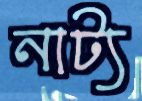
নাট্য